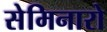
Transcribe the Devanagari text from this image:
सेमिनारो